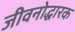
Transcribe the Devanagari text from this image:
जीवनोद्धारक